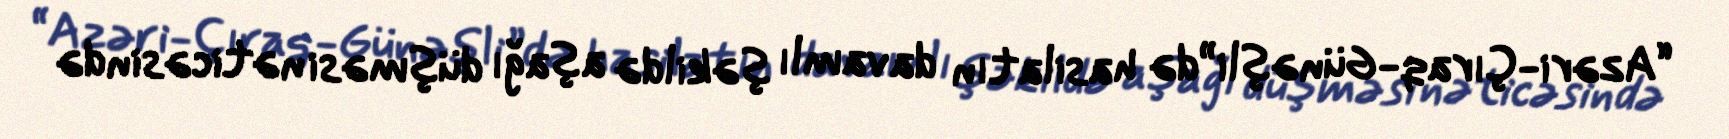
“Azəri-Çıraq-Günəşli”də hasilatın davamlı şəkildə aşağı düşməsi nəticəsində